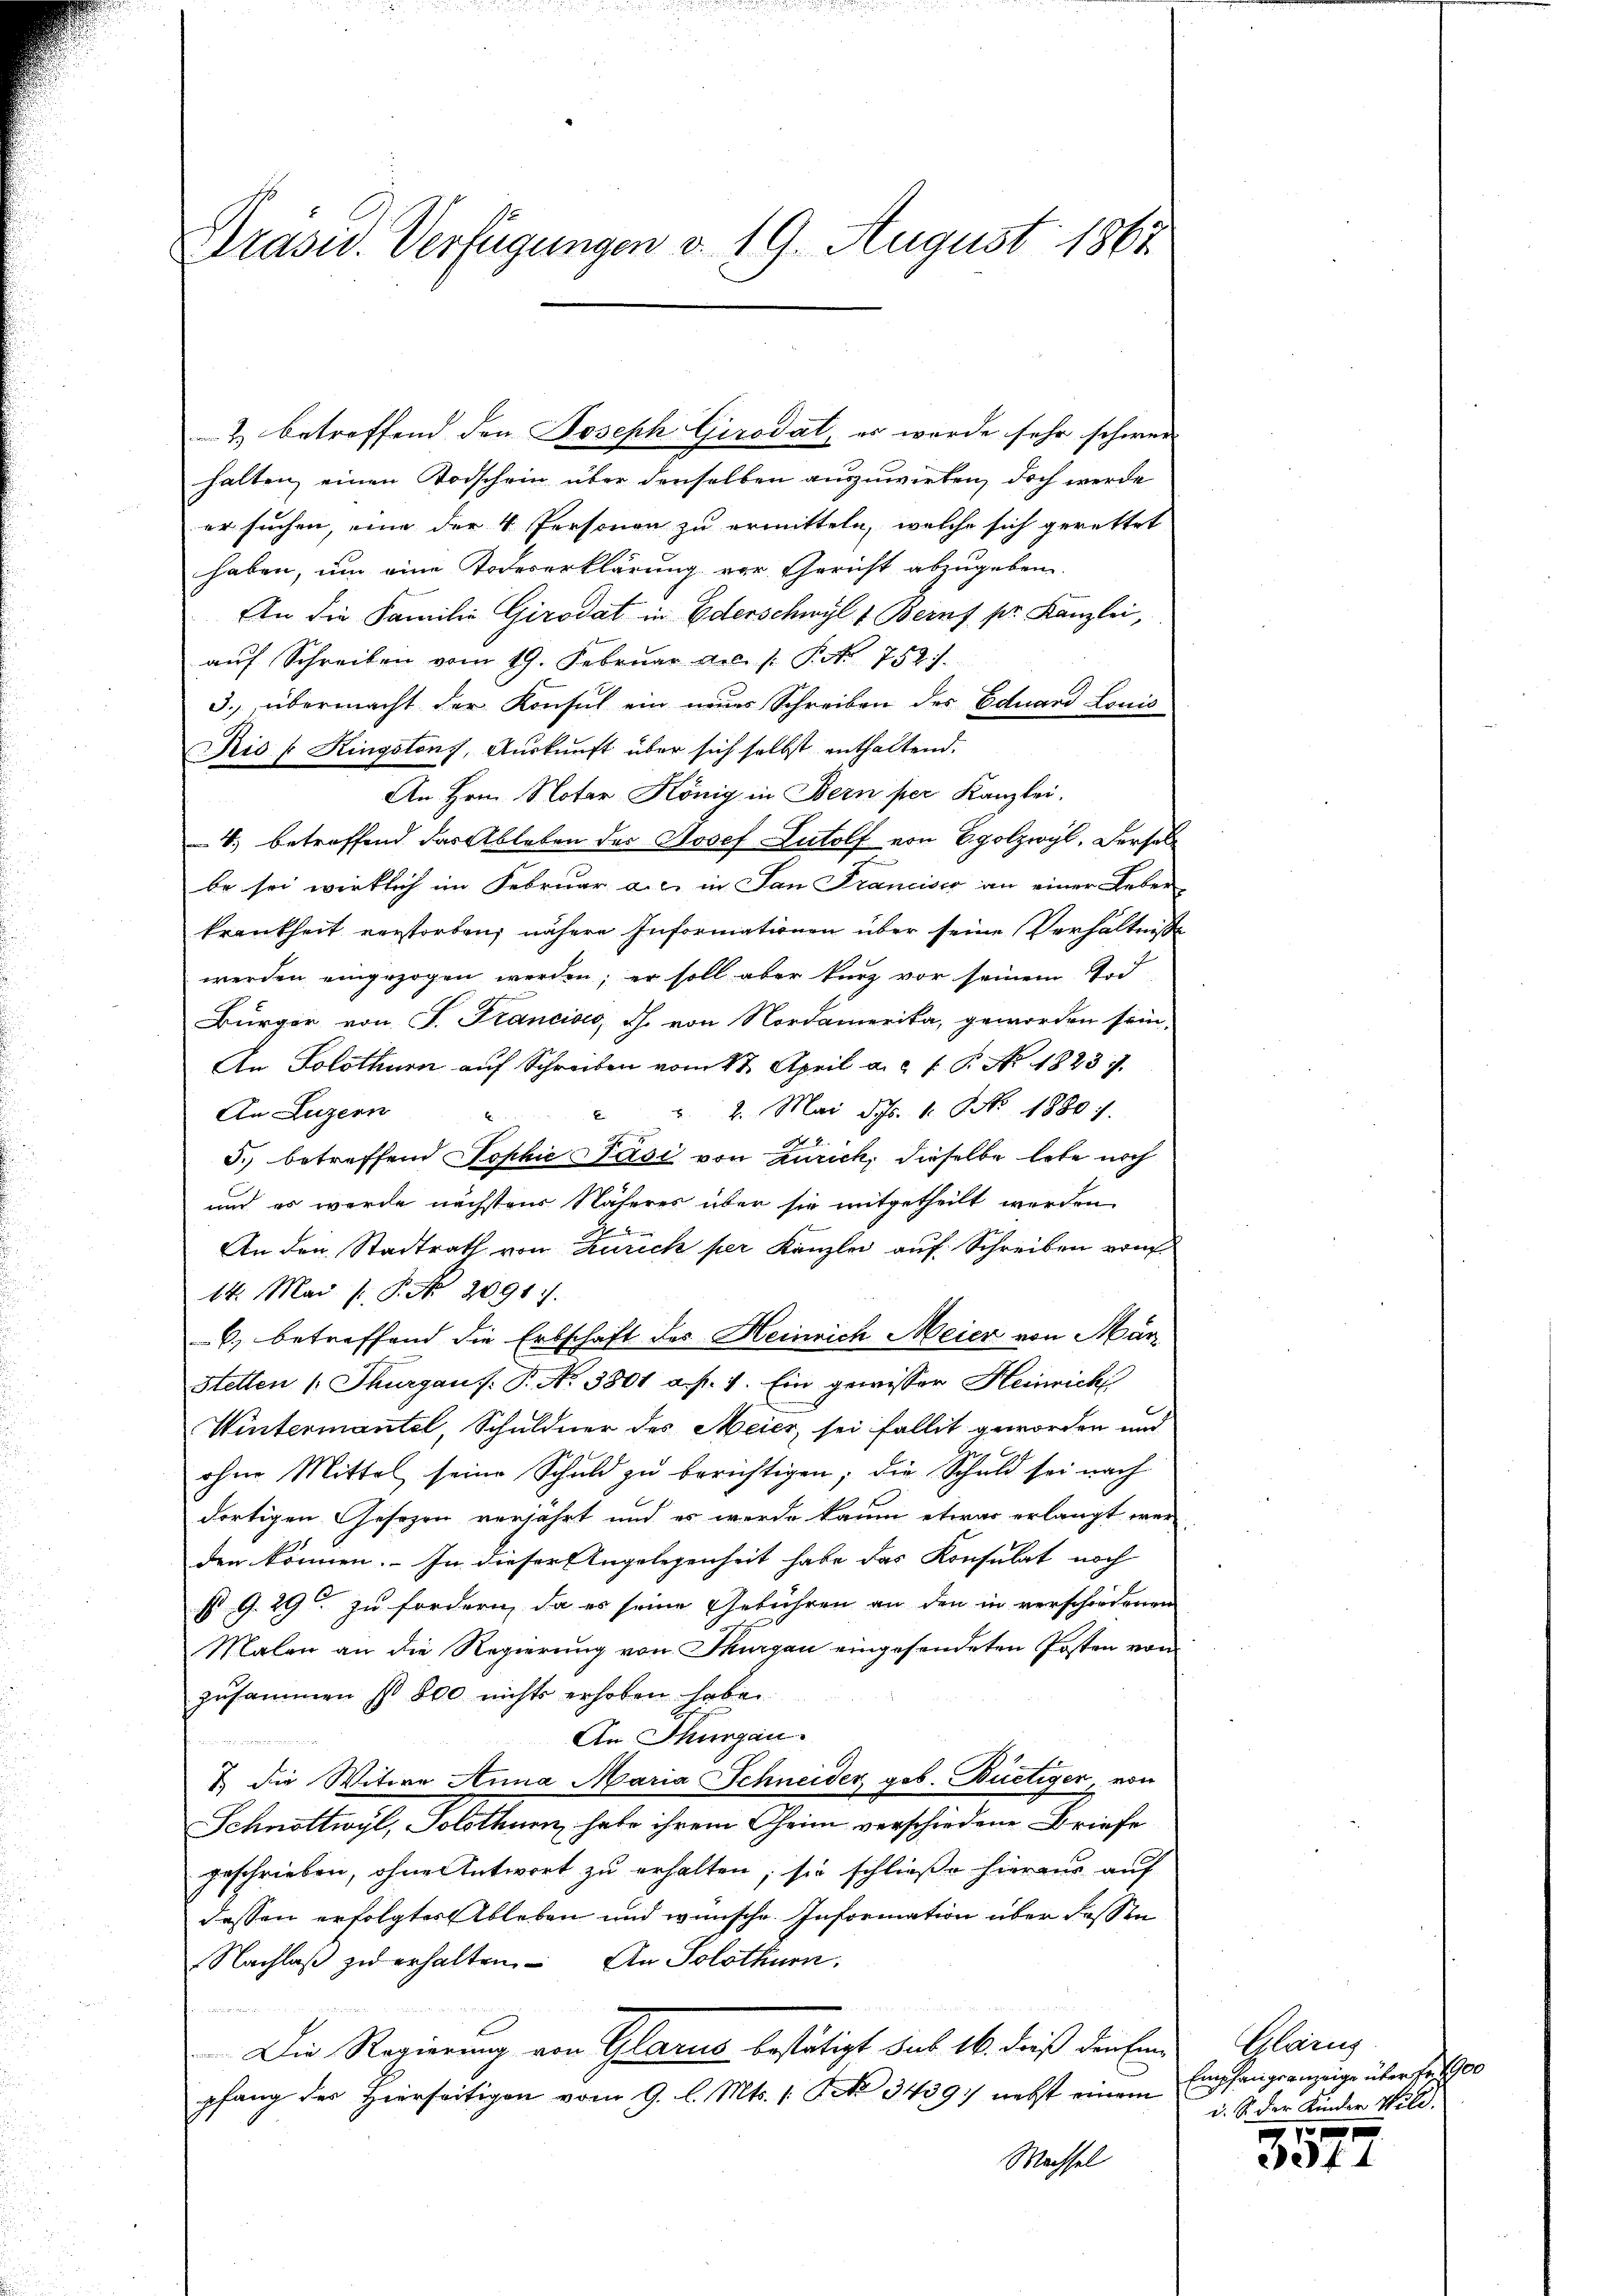
Präsid. Verfügungen d. 19. August 1862

2) betreffend den Joseph Girodat, es werde sehr schwer
halten, einen Todschein über denselben auszuwirken, doch werde
er suchen, eine der 4 Personen zu ermitteln, welche sich gerettet
¬
haben, um eine Todeserklärung vor Gericht abzugeben.
An die Familie Girodat in Ederschwyl & Beruf pr. Kanzlei,
aŭf Schreiben vom 19. Februar dec. /: P. Nr. 752.
3. übermacht der Konsul ein einer Schreiben des Eduard Louis
Rio (Kingstens, Auskunft über sich selbst enthaltend.
An Hrn. Notar König in Bern per Kanzlei.
4, betreffend das Ableben des Josef Lutolf von Egolzwyl, Derselbe sei wirklich im Februar a. u. in San Francisco an einer Leben
krankheit verstorben, nähere Informationen über seine Verhältnisse
werden eingezogen werden; er soll aber kurz vor seinem Ird
Bürger von C. Francias, d. von Nordamerika, geworden sein,
An Solothurn auf Schreiben vom 17. April a. c. s. B. No. 1823.
. 2. Mai Jos. 1. NNo. 1880.
An Luzern
5. betreffend Sophie Päsi von Zürich, dieselbe lebe noch
und es wurde nächstens Näheres über sie mitgetheilt werden.
2
An den Stadtrath von Zürich per Kanzlei auf Schreiben von
14. Mai [ P. No 2091.
6) betreffend die Erbschaft des Heinrich Meier von März
Stetten 1. Thurgaus: P. Nr. 3801 a. p. 1. Ein gewisser Heinrich
Wintermantel, Schuldner des Meier, sei fallit geworden und
ohne Mittel seine Schuld zŭ berichtigen; die Schuld sei nach
dortigen Gesezen verjährt und es werde kaum etwas erlangt wer-
den können. – In dieser Angelegenheit habe das Konsulat noch
st G. 29. zu fordern, da es seine Gebühren an den in verschiedenen
Malen an die Regierung von Thurgau eingesendeten Posten von
zusammen so 800 nichts erhoben habe.
An Thurgau.

& die Witwe Anna Maria Schneider geb. Büetiger, von
Schnöttwyl, Solothurn, habe ihrem Theim verschiedene Briefe
geschrieben, ohne Antwort zu erhalten, sie schließe hieraus auf
dessen erfolgter Ableben und wünsche Information über dassen
Nachlaβ zŭ erhalten. An Solothurn.
Die Regierung von Glarus bestätigt sub 16. dieß denken
pfang des Hierseitigen vom 9. l. Mts. 1. No 3439) nebst einem
Machsel

Glarus
Empfangsanzeige über Fr. 190
d. S. der Kinder Wild.

af 4